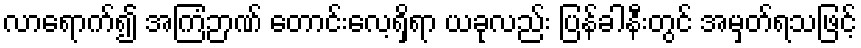
လာရောက်၍ အကြံဉာဏ် တောင်းလေ့ရှိရာ ယခုလည်း ပြန်ခါနီးတွင် အမှတ်ရသဖြင့်